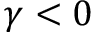
\gamma < 0